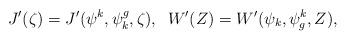
LaTeX: \begin{align*}J'(\zeta) = J'( \psi^{k}, \psi_{k}^{g}, \zeta), \; \; W'(Z) = W'( \psi_{k}, \psi^{k}_{g}, Z),\end{align*}